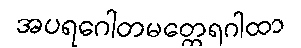
အပရဂေါတမတ္ထေရဂါထာ